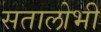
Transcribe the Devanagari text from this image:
सतालोभी